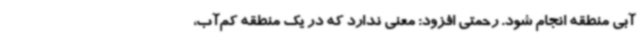
آبی منطقه انجام شود. رحمتی افزود: معنی ندارد که در یک منطقه کم‌آب،